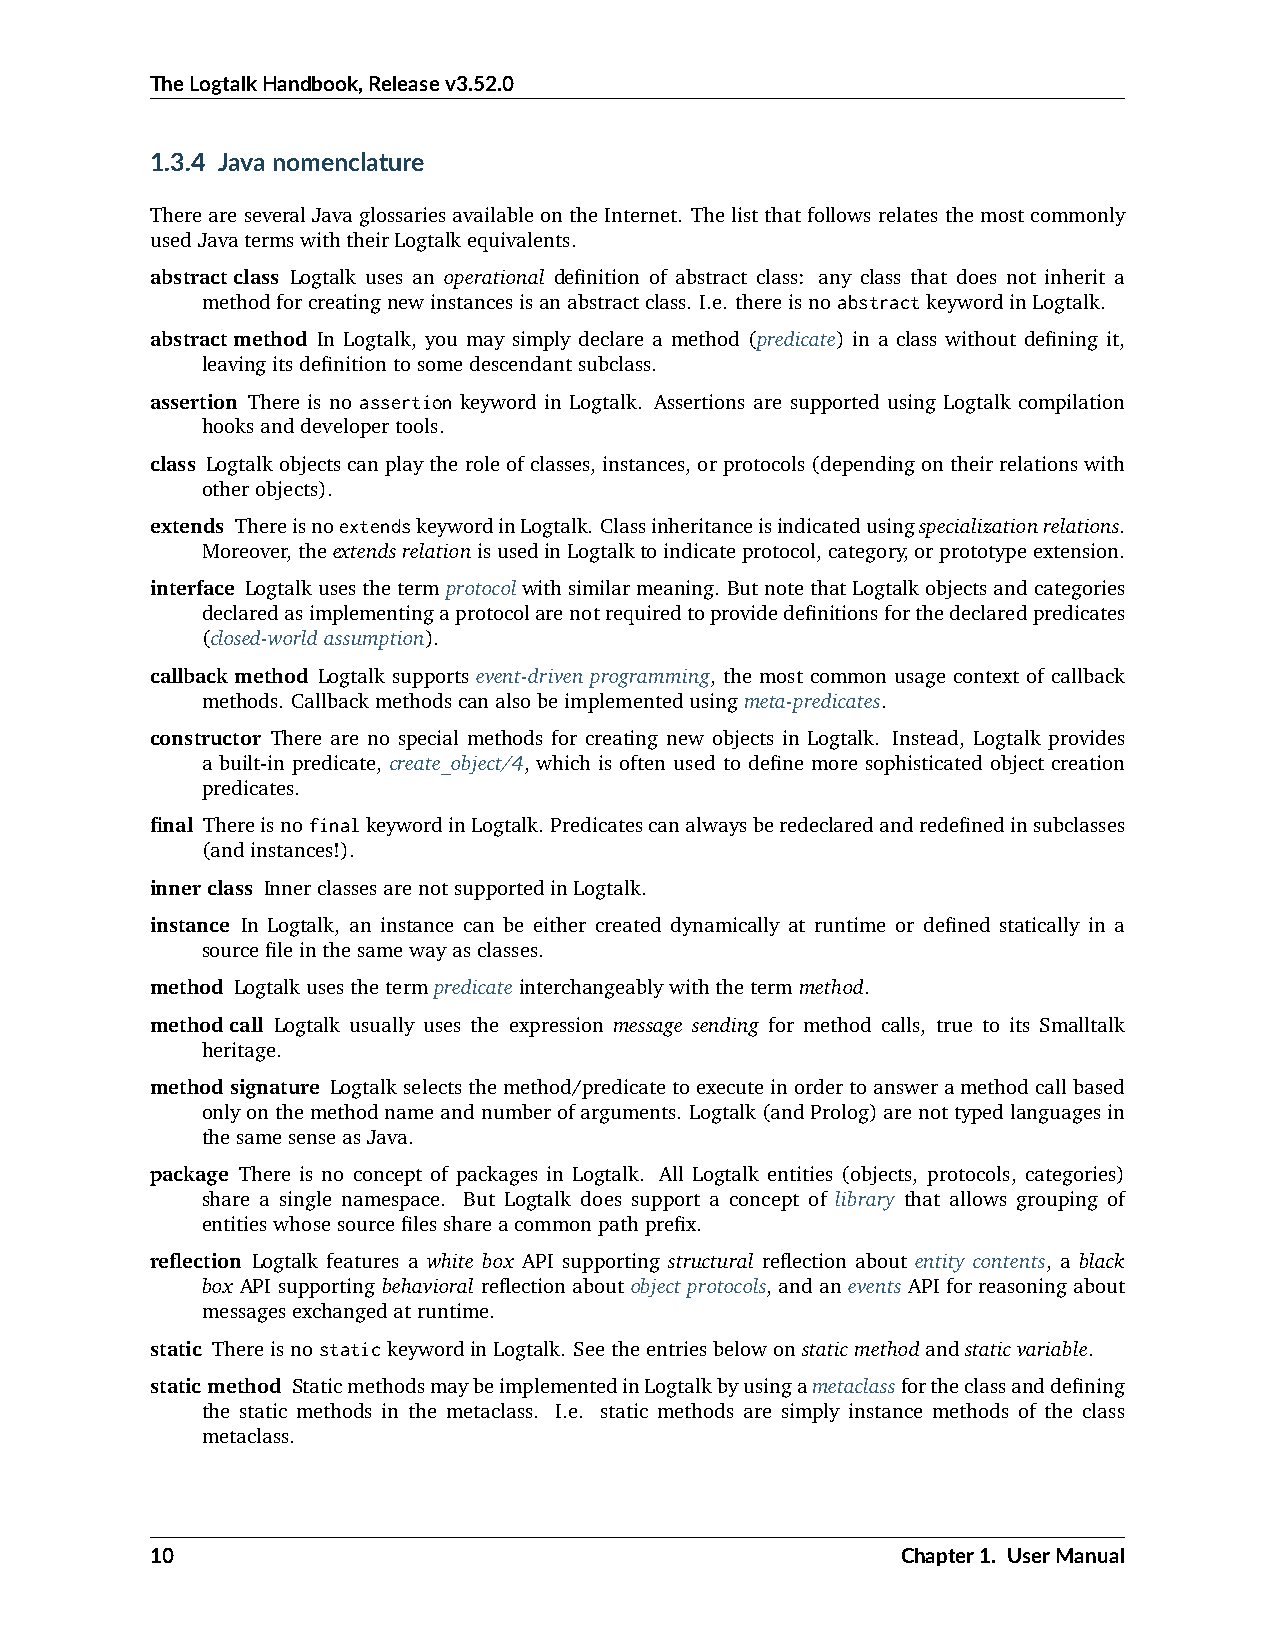
TheLogtalkHandbook,Releasev3.52.0
 1.3.4 Javanomenclature
 There are several Javaglossaries available on the Internet. Thelist that follows relates the most commonly
 usedJavatermswiththeirLogtalkequivalents.
 abstractclass Logtalk uses an operational definition of abstract class: any class that does not inherit a
 methodforcreatingnewinstancesisanabstractclass. I.e. thereisnoabstractkeywordinLogtalk.
 abstractmethod In Logtalk, you may simply declare a method (predicate) in a class without defining it,
 leavingitsdefinitiontosomedescendantsubclass.
 assertion There is no assertion keyword in Logtalk. Assertions are supported using Logtalk compilation
 hooksanddevelopertools.
 class Logtalkobjectscanplaytheroleofclasses,instances,orprotocols(dependingontheirrelationswith
 otherobjects).
 extends ThereisnoextendskeywordinLogtalk. Classinheritanceisindicatedusingspecializationrelations.
 Moreover,theextendsrelationisusedinLogtalktoindicateprotocol,category,orprototypeextension.
 interface Logtalkusesthetermprotocolwithsimilarmeaning. ButnotethatLogtalkobjectsandcategories
 declaredasimplementingaprotocolarenotrequiredtoprovidedefinitionsforthedeclaredpredicates
 (closed-worldassumption).
 callbackmethod Logtalk supports event-driven programming, the most common usage context of callback
 methods. Callbackmethodscanalsobeimplementedusingmeta-predicates.
 constructor There are no special methods for creating new objects in Logtalk. Instead, Logtalk provides
 a built-in predicate, create_object/4, which is often used to define more sophisticated object creation
 predicates.
 final ThereisnofinalkeywordinLogtalk. Predicatescanalwaysberedeclaredandredefinedinsubclasses
 (andinstances!).
 innerclass InnerclassesarenotsupportedinLogtalk.
 instance In Logtalk, an instance can be either created dynamically at runtime or defined statically in a
 sourcefileinthesamewayasclasses.
 method Logtalkusesthetermpredicateinterchangeablywiththetermmethod.
 methodcall Logtalk usually uses the expression message sending for method calls, true to its Smalltalk
 heritage.
 methodsignature Logtalkselectsthemethod/predicatetoexecuteinordertoansweramethodcallbased
 onlyonthemethodnameandnumberofarguments. Logtalk(andProlog)arenottypedlanguagesin
 thesamesenseasJava.
 package There is no concept of packages in Logtalk. All Logtalk entities (objects, protocols, categories)
 share a single namespace. But Logtalk does support a concept of library that allows grouping of
 entitieswhosesourcefilesshareacommonpathprefix.
 reflection Logtalk features a white box API supporting structural reflection about entity contents, a black
 box API supporting behavioral reflection about object protocols, and an events API for reasoning about
 messagesexchangedatruntime.
 static ThereisnostatickeywordinLogtalk. Seetheentriesbelowonstaticmethodandstaticvariable.
 staticmethod StaticmethodsmaybeimplementedinLogtalkbyusingametaclassfortheclassanddefining
 the static methods in the metaclass. I.e. static methods are simply instance methods of the class
 metaclass.
 10                                                Chapter1. UserManual